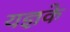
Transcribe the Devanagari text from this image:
यज्ञके